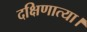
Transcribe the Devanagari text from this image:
दक्षिणात्या।